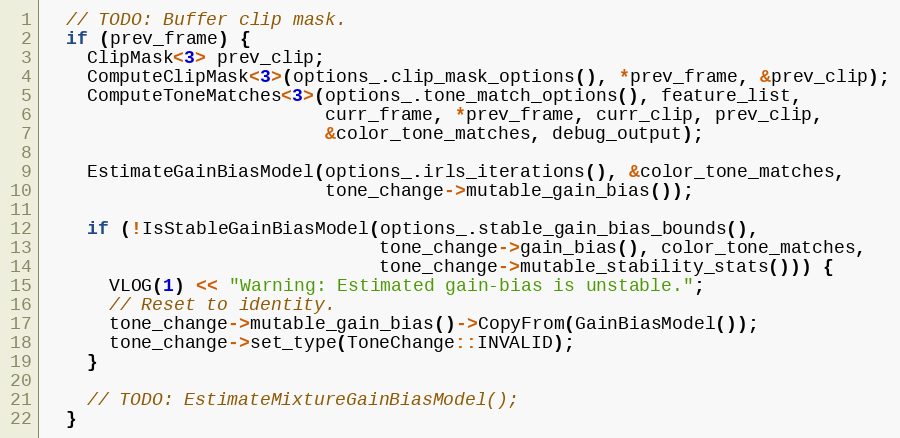
Language: C++
  // TODO: Buffer clip mask.
  if (prev_frame) {
    ClipMask<3> prev_clip;
    ComputeClipMask<3>(options_.clip_mask_options(), *prev_frame, &prev_clip);
    ComputeToneMatches<3>(options_.tone_match_options(), feature_list,
                          curr_frame, *prev_frame, curr_clip, prev_clip,
                          &color_tone_matches, debug_output);

    EstimateGainBiasModel(options_.irls_iterations(), &color_tone_matches,
                          tone_change->mutable_gain_bias());

    if (!IsStableGainBiasModel(options_.stable_gain_bias_bounds(),
                               tone_change->gain_bias(), color_tone_matches,
                               tone_change->mutable_stability_stats())) {
      VLOG(1) << "Warning: Estimated gain-bias is unstable.";
      // Reset to identity.
      tone_change->mutable_gain_bias()->CopyFrom(GainBiasModel());
      tone_change->set_type(ToneChange::INVALID);
    }

    // TODO: EstimateMixtureGainBiasModel();
  }